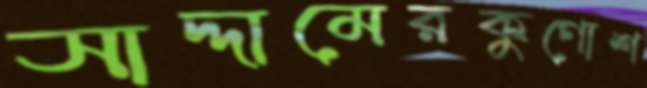
সাদ্দামেরকুণোশ